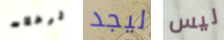
الرحلات ليجد ليس